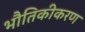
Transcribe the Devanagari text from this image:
भौतिकीकरण